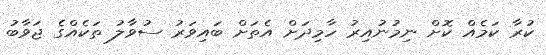
ކުރާ ކަމެއް ކޮށް ނިމުނުއިރު ހާމިދަށް އެތަށް ބައިވަރު ސުވާލު ތަކެއްގެ ޖަވާބު